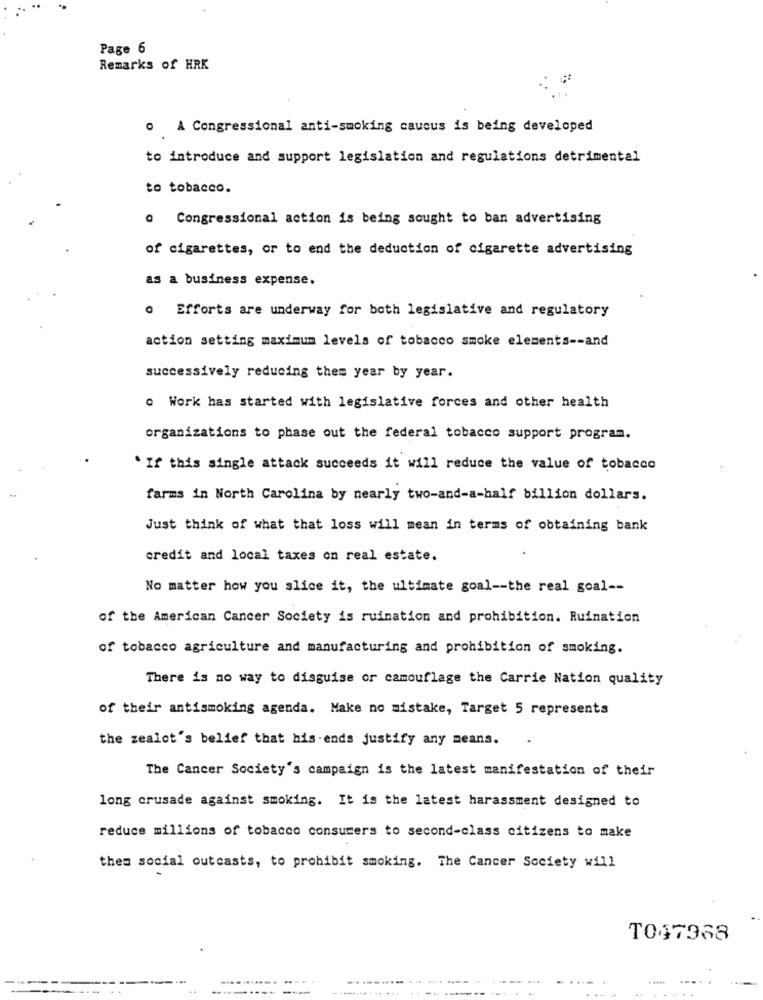
Page 6
Remarks of HRK
o A Congressional anti-smoking caucus is being developed
to introduce and support legislation and regulations detrimental
to tobacco.
0 Congressional action is being sought to ban advertising
of cigarettes, or to end the deduction of cigarette advertising
as a business expense.
o Efforts are underway for both legislative and regulatory
action setting maximum levels of tobacco smoke elements -- and
successively reducing them year by year.
. Work has started with legislative forces and other health
organizations to phase out the federal tobacco support program.
. If this single attack succeeds it will reduce the value of tobacco
farms in North Carolina by nearly two-and-a-half billion dollars.
Just think of what that loss will mean in terms of obtaining bank
credit and local taxes on real estate.
No matter how you slice it, the ultimate goal -- the real goal --
of the American Cancer Society is ruination and prohibition. Ruination
of tobacco agriculture and manufacturing and prohibition of smoking.
There is no way to disguise or camouflage the Carrie Nation quality
of their antismoking agenda. Make no mistake, Target 5 represents
the zealot's belief that his.ends justify any means.
The Cancer Society's campaign is the latest manifestation of their
long crusade against smoking. It is the latest harassment designed to
reduce millions of tobacco consumers to second-class citizens to make
them social outcasts, to prohibit smoking. The Cancer Society will
T047968
. .